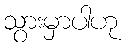
သွားမှာပါဟု